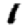
Digit: 1